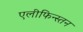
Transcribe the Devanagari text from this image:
एलीफिन्स्तन